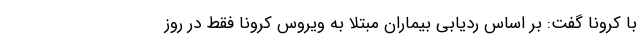
با کرونا گفت: بر اساس ردیابی بیماران مبتلا به ویروس کرونا فقط در روز